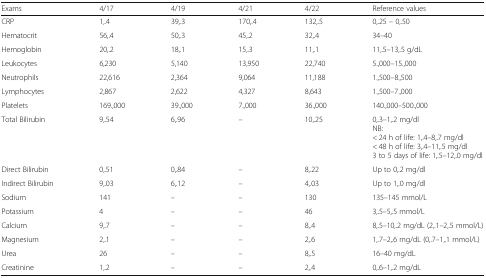
<table><thead><tr><td><b>Exams</b></td><td><b>4/17</b></td><td><b>4/19</b></td><td><b>4/21</b></td><td><b>4/22</b></td><td><b>Reference values</b></td></tr></thead><tbody><tr><td>CRP</td><td>1,.4</td><td>39,.3</td><td>170,.4</td><td>132,.5</td><td>0,.25 – 0,.50</td></tr><tr><td>Hematocrit</td><td>56,.4</td><td>50,.3</td><td>45,.2</td><td>32,.4</td><td>34–40</td></tr><tr><td>Hemoglobin</td><td>20,.2</td><td>18,.1</td><td>15,.3</td><td>11,.1</td><td>11,.5–13,.5 g/dL</td></tr><tr><td>Leukocytes</td><td>6,230</td><td>5,140</td><td>13,950</td><td>22,740</td><td>5.,000–15.,000</td></tr><tr><td>Neutrophils</td><td>22,616</td><td>2,364</td><td>9,064</td><td>11,188</td><td>1.,500–8.,500</td></tr><tr><td>Lymphocytes</td><td>2,867</td><td>2,622</td><td>4,327</td><td>8,643</td><td>1.,500–7.,000</td></tr><tr><td>Platelets</td><td>169.,000</td><td>39.,000</td><td>7.,000</td><td>36.,000</td><td>140.,000–500.,000</td></tr><tr><td>Total Bilirubin</td><td>9,.54</td><td>6,.96</td><td>–</td><td>10,.25</td><td>0,.3–1,.2 mg/dlNB:&lt; 24 h of life: 1,.4–8,.7 mg/dl&lt; 48 h of life: 3,.4–11,.5 mg/dl3 to 5 days of life: 1,.5–12,.0 mg/dl</td></tr><tr><td>Direct Bilirubin</td><td>0,.51</td><td>0,.84</td><td>–</td><td>8,.22</td><td>Up to 0,.2 mg/dl</td></tr><tr><td>Indirect Bilirubin</td><td>9,.03</td><td>6,.12</td><td>–</td><td>4,.03</td><td>Up to 1,.0 mg/dl</td></tr><tr><td>Sodium</td><td>141</td><td>–</td><td>–</td><td>130</td><td>135–145 mmol/L</td></tr><tr><td>Potassium</td><td>4</td><td>–</td><td>–</td><td>46</td><td>3,.5–5,.5 mmol/L</td></tr><tr><td>Calcium</td><td>9,.7</td><td>–</td><td>–</td><td>8,.4</td><td>8,.5–10,.2 mg/dL (2,.1–2,.5 mmol/L)</td></tr><tr><td>Magnesium</td><td>2,.1</td><td>–</td><td>–</td><td>2,.6</td><td>1,.7–2,.6 mg/dL (0,.7–1,.1 mmol/L)</td></tr><tr><td>Urea</td><td>26</td><td>–</td><td>–</td><td>8,.5</td><td>16–40 mg/dL</td></tr><tr><td>Creatinine</td><td>1,.2</td><td>–</td><td>–</td><td>2,.4</td><td>0,.6–1,.2 mg/dL</td></tr></tbody></table>